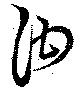
泔